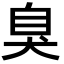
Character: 臭